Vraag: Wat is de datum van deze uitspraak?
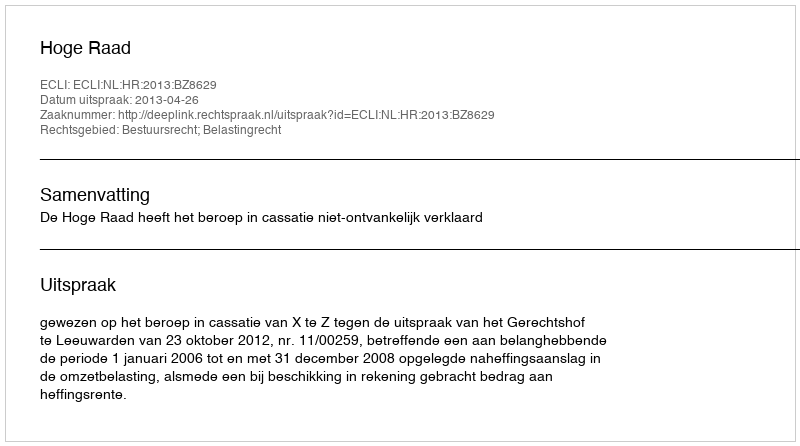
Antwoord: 2013-04-26